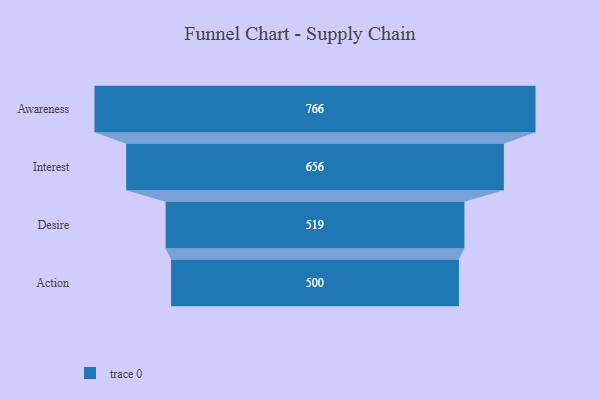
{"axis": {"x": "Stage", "y": "Value"}, "legend": [""], "data": [{"x": "Awareness", "y": 766.0, "type": ""}, {"x": "Interest", "y": 656.0, "type": ""}, {"x": "Desire", "y": 519.0, "type": ""}, {"x": "Action", "y": 500, "type": ""}]}